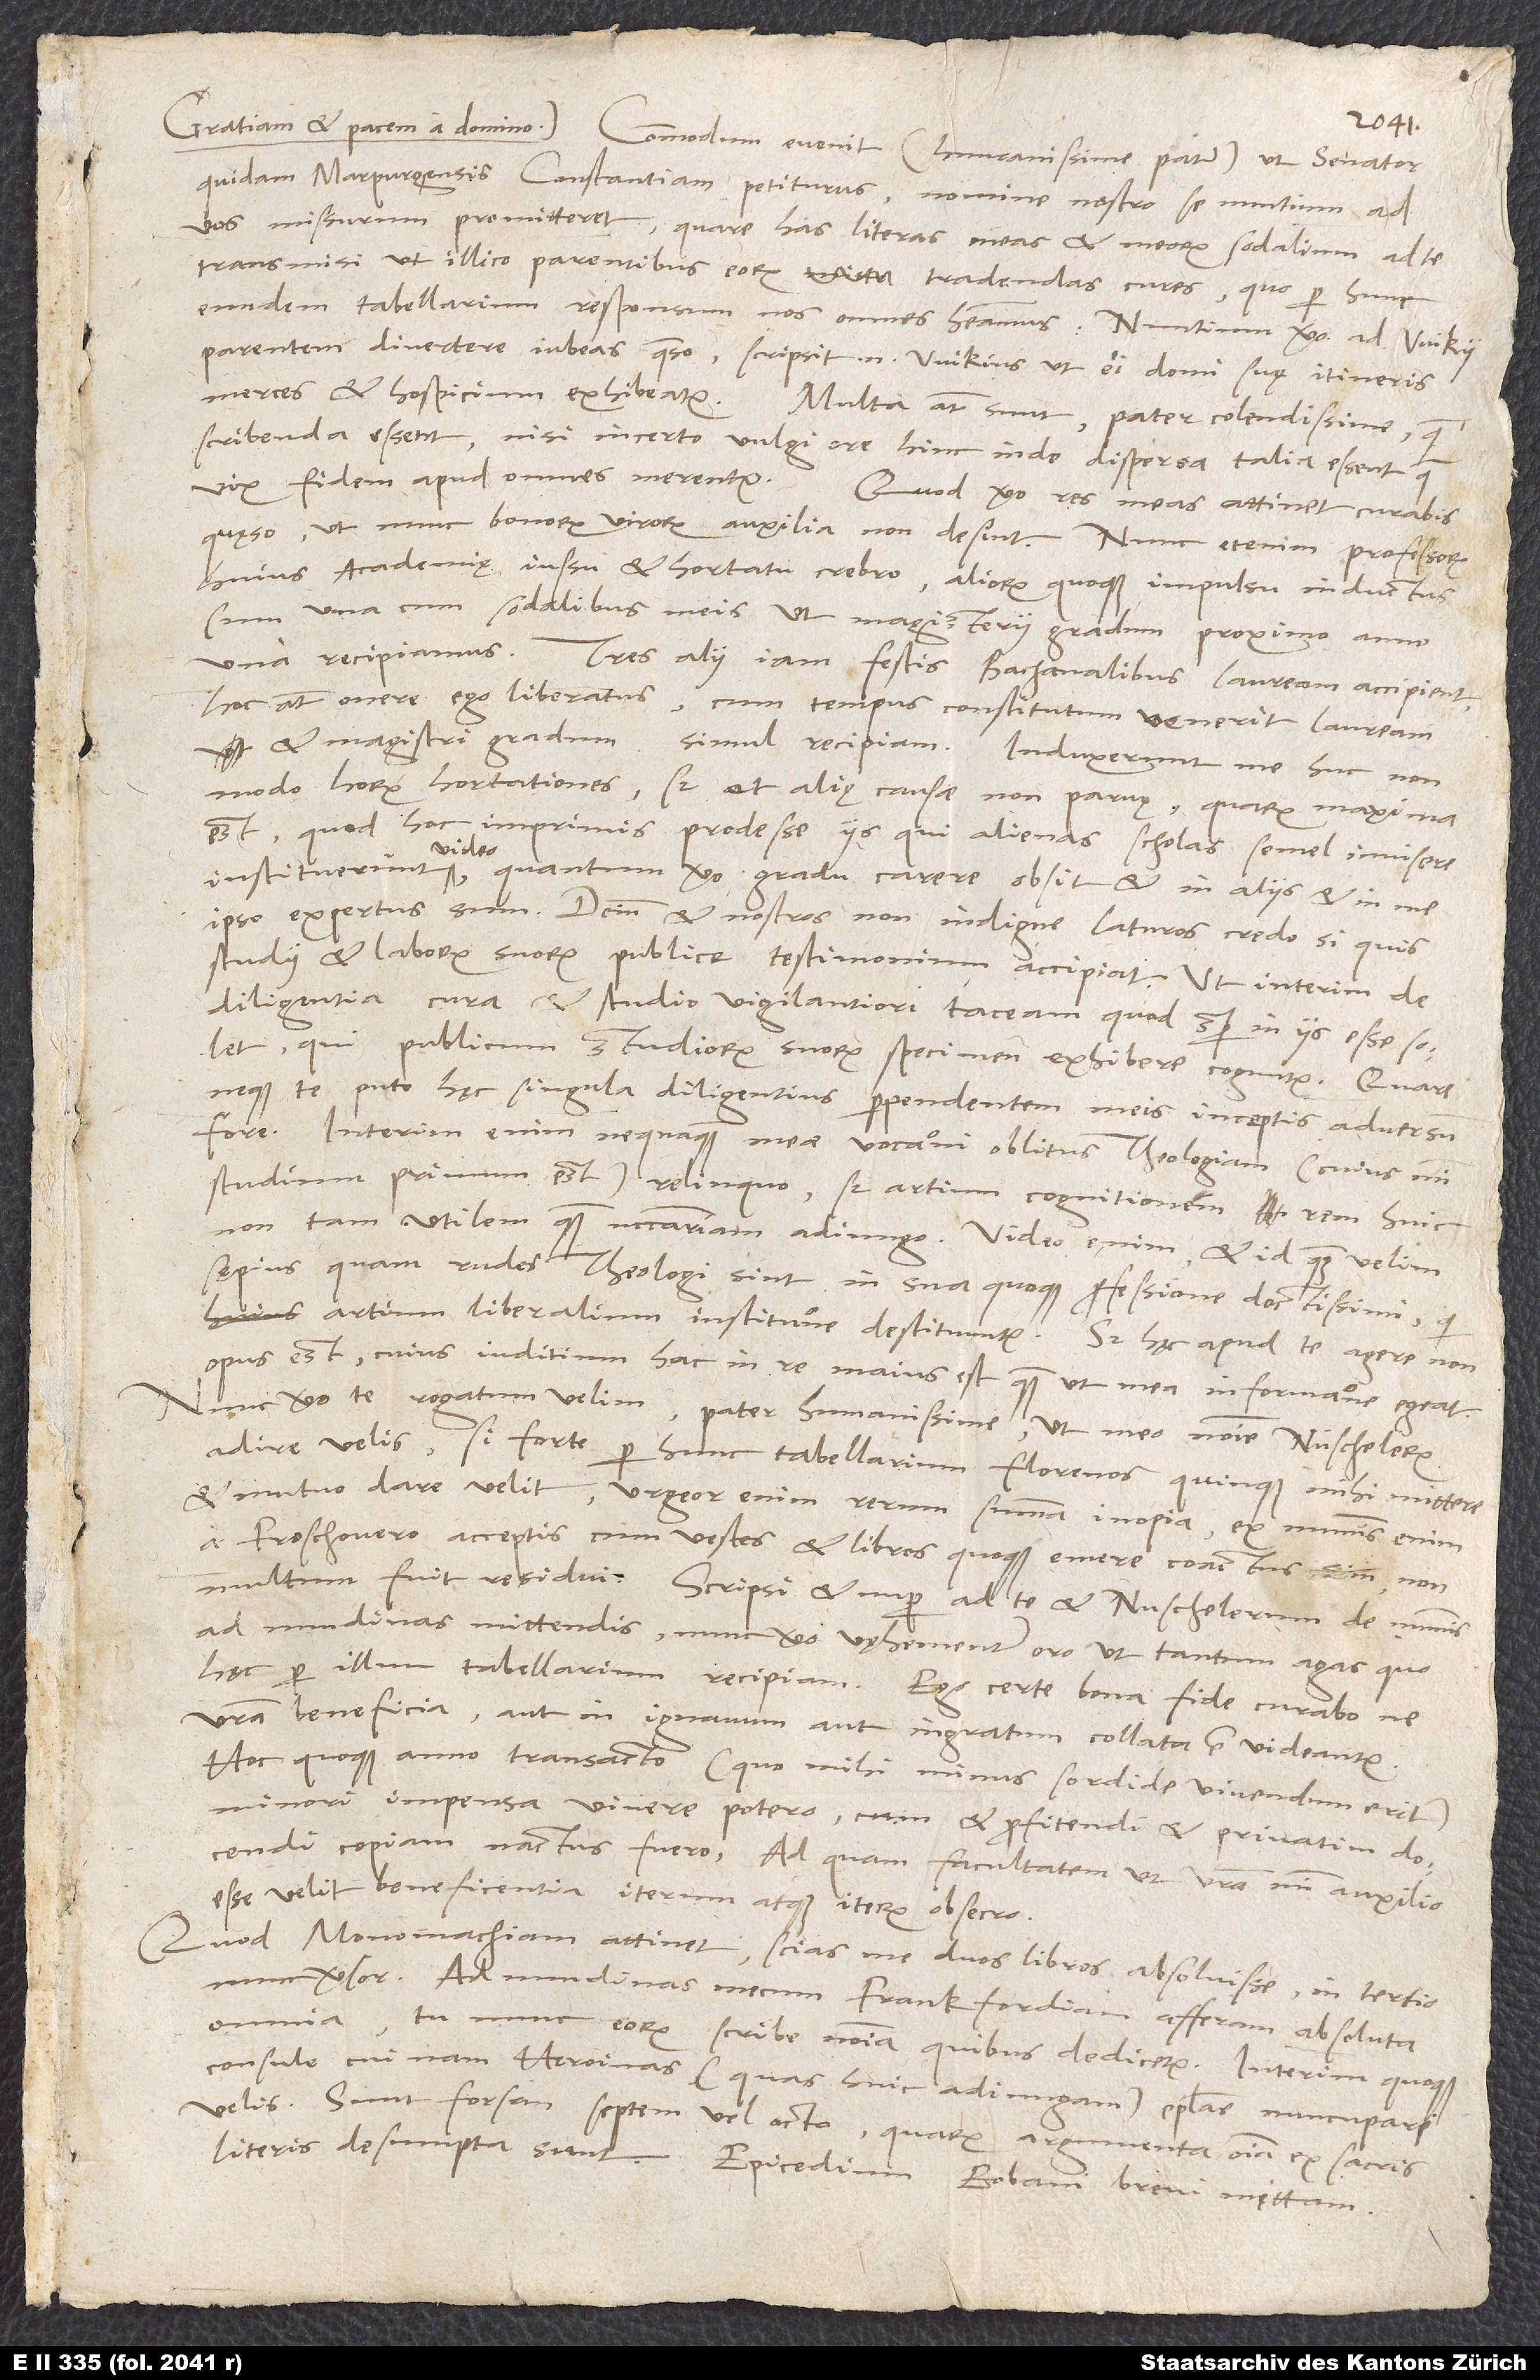
quidam Marpurgensis Constantiam petiturus nomine nostro se nuntium ad
vos missurum promitteret; quare has literas meas et meorum sodalium ad te
transmisi, ut illico parentibus eorum tradendas cures, quo per hunc
eundem tabellarium responsum nos omnes habeamus. Nuntium vero ad Wikii
parentem divertere iubeas, quaeso; scripsit Wikius, ut ei domi suę itineris
scribenda essent, nisi incerto vulgi ore hinc inde dispersa talia essent, quae
quęso, ut nunc bonorum virorum auxilia non desint. Nunc etenim professorum
huius academię iussu et hortatu crebro, aliorum quoque impulsu inductus
sum una cum sodalibus meis, ut magisterii gradum proximo anno
una recipiamus. Tres alii iam festis bachanalibus lauream accipient,
hoc autem onere ego liberatus, cum tempus constitutum venerit, lauream
et magistri gradum simul recipiam. Induxerunt me huc non
modo horum hortationes, sed et alię causae non parvę, quarum maxima
est, quod hoc imprimis prodesse iis, qui alienas scholas semel invisere
instituerunt, video; quantum vero gradu carere obsit, et in aliis et in me
ipso expertus sum. Deinde et nostros non indigne laturos credo, si quis
studii et laborum suorum publice testimonium accipiat, ut interim de
diligentia, cura et studio vigilantiori taceam, quod semper in iis esse solet,
qui publicum studiorum suorum specimen exhibere coguntur. Quare
neque te puto hęc singula diligentius perpendentem meis inceptis adversum
fore. Interim enim nequaquam meae vocationi oblitus theologiam (cuius mihi
studium primum est) relinquo, sed artium cognitionem rem huic
non tam utilem quam necessariam adiungo. Video enim - et id, quam velim,
sępius - quam rudes theologi sint in sua quoque professione doctissimi, qui
artium liberalium institutione destituuntur. Sed hęc apud te agere non
opus est, cuius iuditium hac in re maius est, quam ut mea informatione egeat.
Nunc vero te rogatum velim, pater humanissime, ut meo nomine Nüschelerum
adire velis, si forte per hunc tabellarium florenos quinque mihi mittere
et mutuo dare velit; urgeor enim rerum summa inopia. Ex nummis enim
a Froschouero acceptis cum vestes et libros quoque emere coactus sim, non
multum fuit residui. Scripsi et nuper ad te et Nuschelerum de nummis
ad nundinas mittendis; nunc vero vęhementer oro, ut tantum agas, quo
hęc per illum tabellarium recipiam. Ego certe bona fide curabo, ne
vestra beneficia aut in ignavum aut ingratum collata esse videantur.
Hoc quoque anno transacto (quo mihi minus sordide vivendum erit)
minori impensa vivere potero, cum et profitendi et privatim docendi
copiam nactus fuero. Ad quam facultatem ut vestra mihi auxilio
esse velit beneficentia, iterum atque iterum obsecro.
Quod Monomachiam attinet, scias me duos libros absolvisse; in tertio
nunc versor. Ad nundinas mecum Frankfordiam afferam absoluta
omnia; tu nunc eorum scribe nomina, quibus dedicetur. Interim quoque
consule, cui nam heroinas (quas huic adiungam) epistolas nuncupari
velis. Sunt forsan septem vel octo, quarum argumenta omnia ex sacris